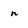
Character: n